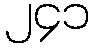
၂၄၁